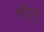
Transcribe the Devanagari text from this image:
गोल्